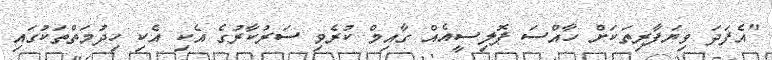
"އެފަދަ ވިޔަފާރިތަކަށް ހާއްސަ ޕޮލިސީއެއް ގާއިމް ކުރެވި ސަރުކާރުގެ އެކި އެކި ހިދުމަތްތަކުގައި